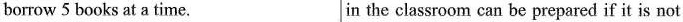
borrow 5 books at a time. in the classroom can be prepared if it is not